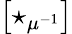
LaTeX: \left[\star_{\mu^{-1}}\right]